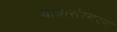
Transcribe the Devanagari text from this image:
यात्रासंस्मरण